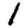
Digit: 1